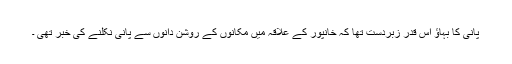
پانی کا بہاؤ اس قدر زبردست تھا کہ خانپور کے علاقہ میں مکانوں کے روشن دانوں سے پانی نکلنے کی خبر تھی ۔